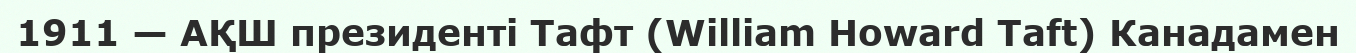
1911 — АҚШ президенті Тафт (William Howard Taft) Канадамен